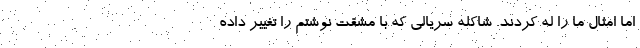
اما امثال ما را له کردند. شاکله سریالی که با مشقت نوشتم را تغییر داده